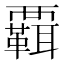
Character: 𧠄